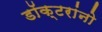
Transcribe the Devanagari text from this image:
डॉक्‍टरांनो